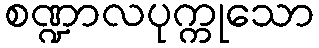
စဏ္ဍာလပုက္ကုသော